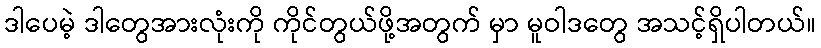
ဒါပေမဲ့ ဒါတွေအားလုံးကို ကိုင်တွယ်ဖို့အတွက် မှာ မူဝါဒတွေ အသင့်ရှိပါတယ်။